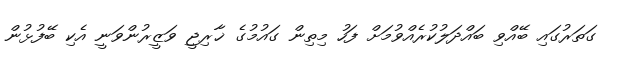
ގަތަރުގައި ބޭއްވި ބައްދަލުކުރެއްވުމަށް ފަހު މިތިން ގައުމުގެ ޚާރިޖީ ވަޒީރުންވަނީ އެކި ބޭފުޅުން